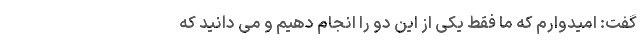
گفت: امیدوارم که ما فقط یکی از این دو را انجام دهیم و می دانید که